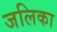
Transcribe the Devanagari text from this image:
जलिका